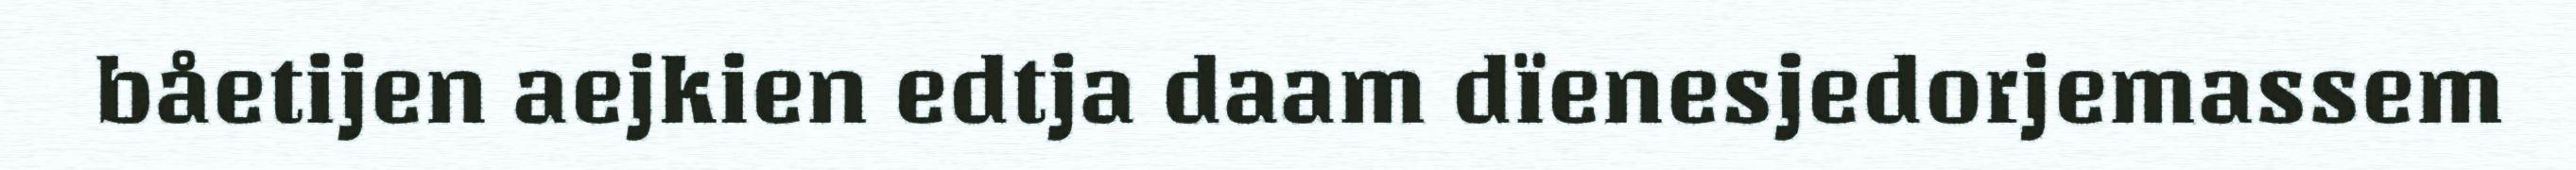
båetijen aejkien edtja daam dïenesjedorjemassem